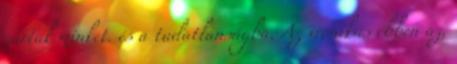
zártak minket. és a tudatlanságba. Az ironikus ebben az,